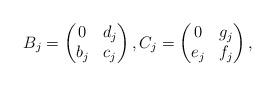
LaTeX: \begin{align*}B_j=\begin{pmatrix}0&d_j\\b_j&c_j\end{pmatrix},C_j=\begin{pmatrix}0&g_j\\e_j&f_j\end{pmatrix},\end{align*}